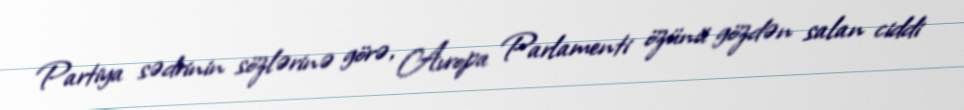
Partiya sədrinin sözlərinə görə, Avropa Parlamenti özünü gözdən salan ciddi